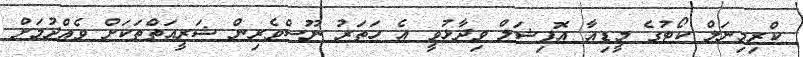
ކްރިމިނަލް ކޯޓުގެ މީޑިއާ އޮފިޝަލް ވިދާޅުވީ އެ ހަތަރު ނޫސްވެރިން ޝަރީއަތްތަކަށް ވެއްދުމަށް